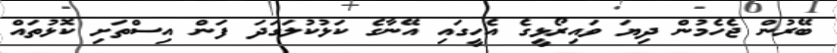
ބޭރުން ޖެހެމުން ދިޔަ ވައިރޯޅީގެ އެހީގައި އޭނާގެ ކަޅުކުލަގަދަ ފަން އިސްތަށި ކޮޅުތައް